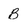
Character: B